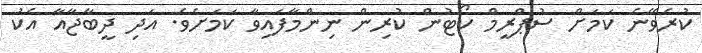
ކުރެވޭނެ ކަމަށް ސުޕްރީމް ކޯޓުން ކުރިން ނިންމާފަައިވާ ކަމަށެވެ. އަދިި ދީބާޖާއާ އެކު